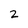
Character: 2